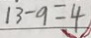
1 3 - 9 = 4